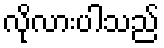
လိုလားပါသည်